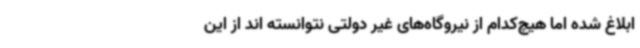
ابلاغ شده اما هیچ‌کدام از نیروگاه‌های غیر دولتی نتوانسته اند از این